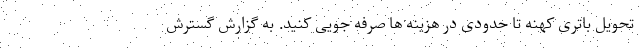
تحویل باتری کهنه تا حدودی در هزینه ها صرفه جویی کنید. به گزارش گسترش